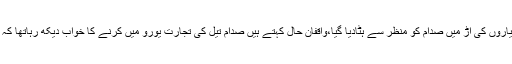
عراق پر کیمیائی ہتھیاروں کی آڑ میں صدام کو منظر سے ہٹادیا گیا،واقفان حال کہتے ہیں صدام تیل کی تجارت یورو میں کرنے کا خواب دیکھ رہاتھا کہ ابدی نیند سلا دیا گیا۔